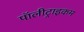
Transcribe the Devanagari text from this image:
पॉलीट्राइकम